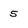
Character: 5